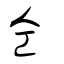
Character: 仝